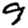
Digit: 9